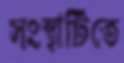
সংস্থাটিতে